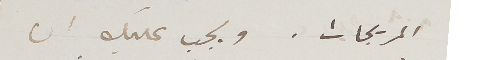
المريجات.. ويجب عليك ان